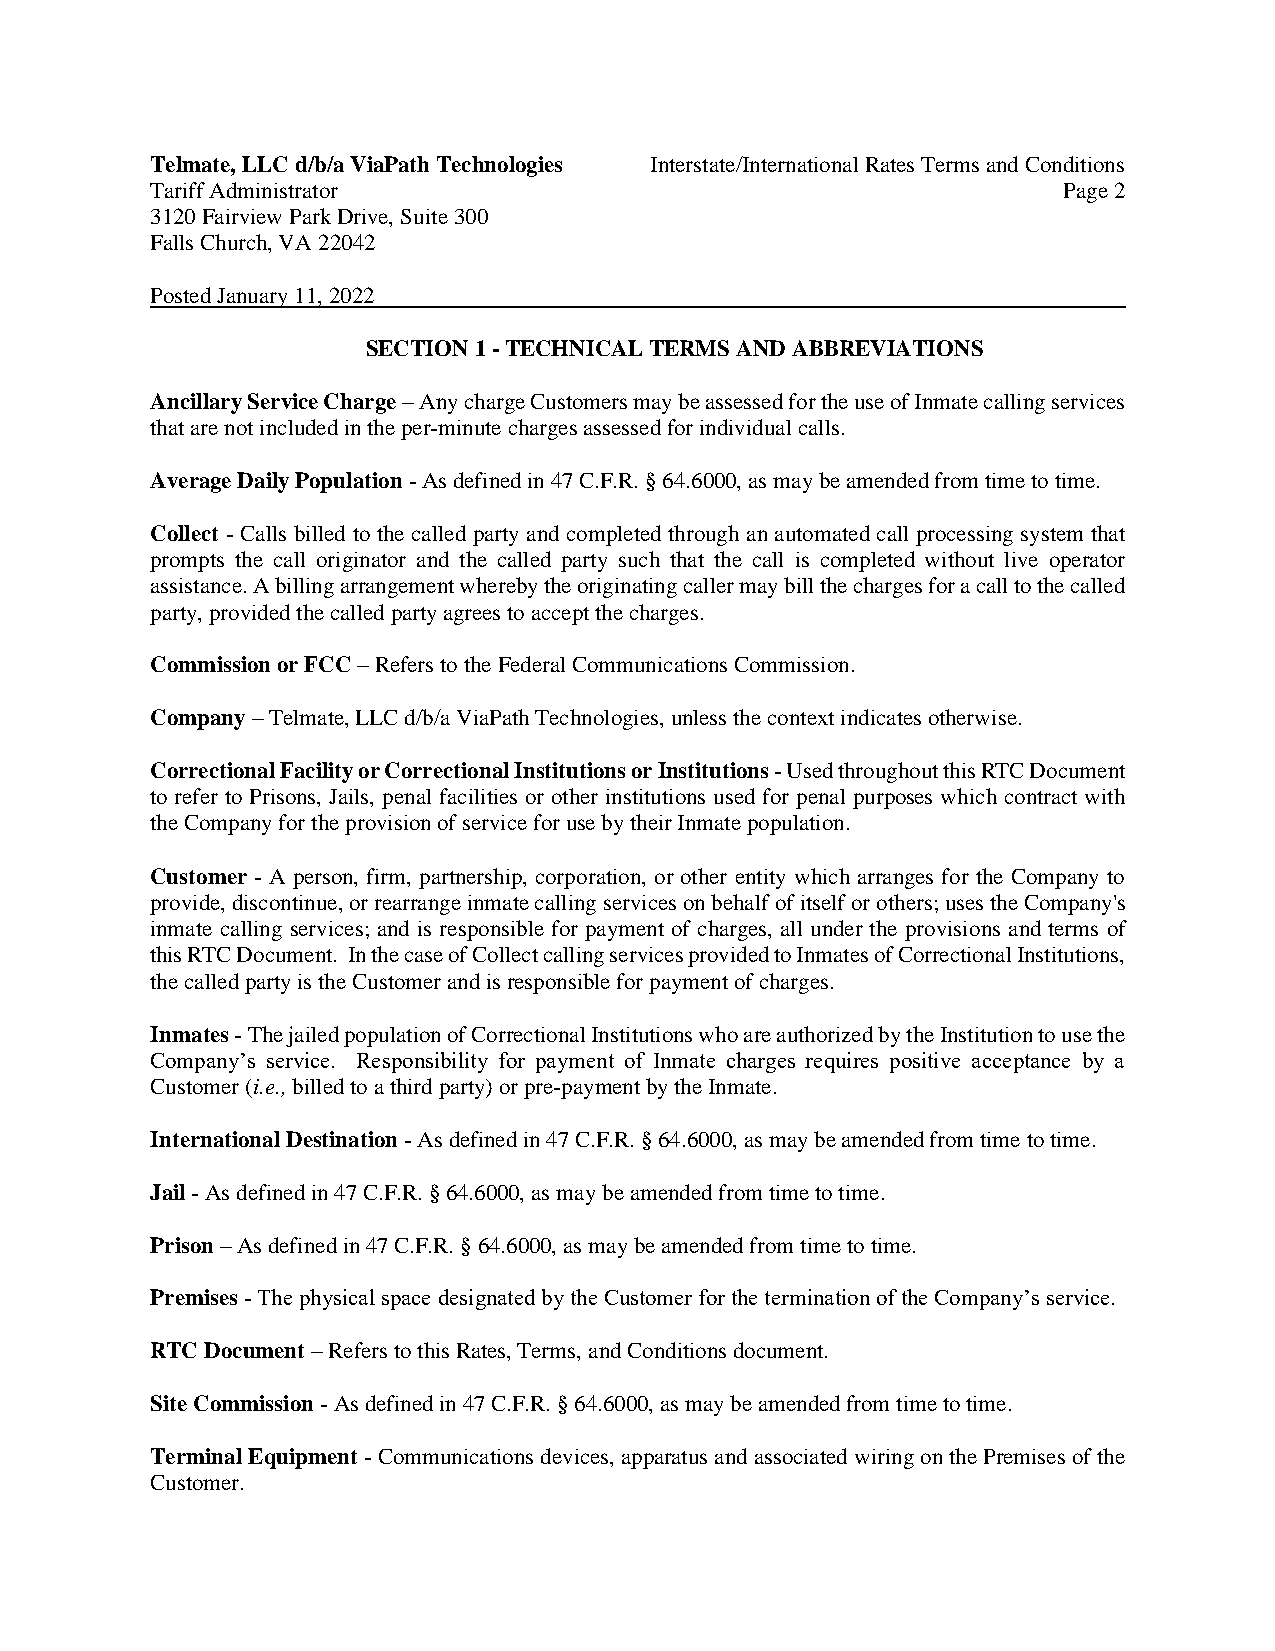
Telmate, LLC d/b/a ViaPath Technologies Interstate/International Rates Terms and Conditions
 Tariff Administrator                                        Page 2
 3120 Fairview Park Drive, Suite 300
 Falls Church, VA 22042
 Posted January 11, 2022
 SECTION 1 - TECHNICAL TERMS AND ABBREVIATIONS
 Ancillary Service Charge – Any charge Customers may be assessed for the use of Inmate calling services
 that are not included in the per-minute charges assessed for individual calls.
 Average Daily Population - As defined in 47 C.F.R. § 64.6000, as may be amended from time to time.
 Collect - Calls billed to the called party and completed through an automated call processing system that
 prompts the call originator and the called party such that the call is completed without live operator
 assistance. A billing arrangement whereby the originating caller may bill the charges for a call to the called
 party, provided the called party agrees to accept the charges.
 Commission or FCC – Refers to the Federal Communications Commission.
 Company – Telmate, LLC d/b/a ViaPath Technologies, unless the context indicates otherwise.
 Correctional Facility or Correctional Institutions or Institutions - Used throughout this RTC Document
 to refer to Prisons, Jails, penal facilities or other institutions used for penal purposes which contract with
 the Company for the provision of service for use by their Inmate population.
 Customer - A person, firm, partnership, corporation, or other entity which arranges for the Company to
 provide, discontinue, or rearrange inmate calling services on behalf of itself or others; uses the Company's
 inmate calling services; and is responsible for payment of charges, all under the provisions and terms of
 this RTC Document. In the case of Collect calling services provided to Inmates of Correctional Institutions,
 the called party is the Customer and is responsible for payment of charges.
 Inmates - The jailed population of Correctional Institutions who are authorized by the Institution to use the
 Company’s service. Responsibility for payment of Inmate charges requires positive acceptance by a
 Customer (i.e., billed to a third party) or pre-payment by the Inmate.
 International Destination - As defined in 47 C.F.R. § 64.6000, as may be amended from time to time.
 Jail - As defined in 47 C.F.R. § 64.6000, as may be amended from time to time.
 Prison – As defined in 47 C.F.R. § 64.6000, as may be amended from time to time.
 Premises - The physical space designated by the Customer for the termination of the Company’s service.
 RTC Document – Refers to this Rates, Terms, and Conditions document.
 Site Commission - As defined in 47 C.F.R. § 64.6000, as may be amended from time to time.
 Terminal Equipment - Communications devices, apparatus and associated wiring on the Premises of the
 Customer.